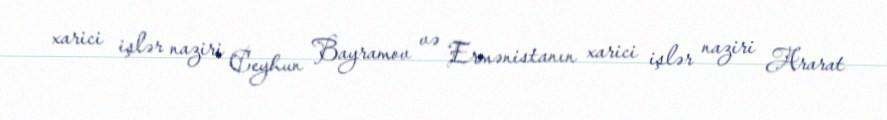
xarici işlər naziri Ceyhun Bayramov və Ermənistanın xarici işlər naziri Ararat